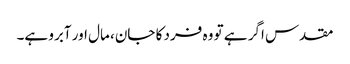
مقدس اگر ہے تو وہ فرد کا جان، مال اور آبرو ہے۔